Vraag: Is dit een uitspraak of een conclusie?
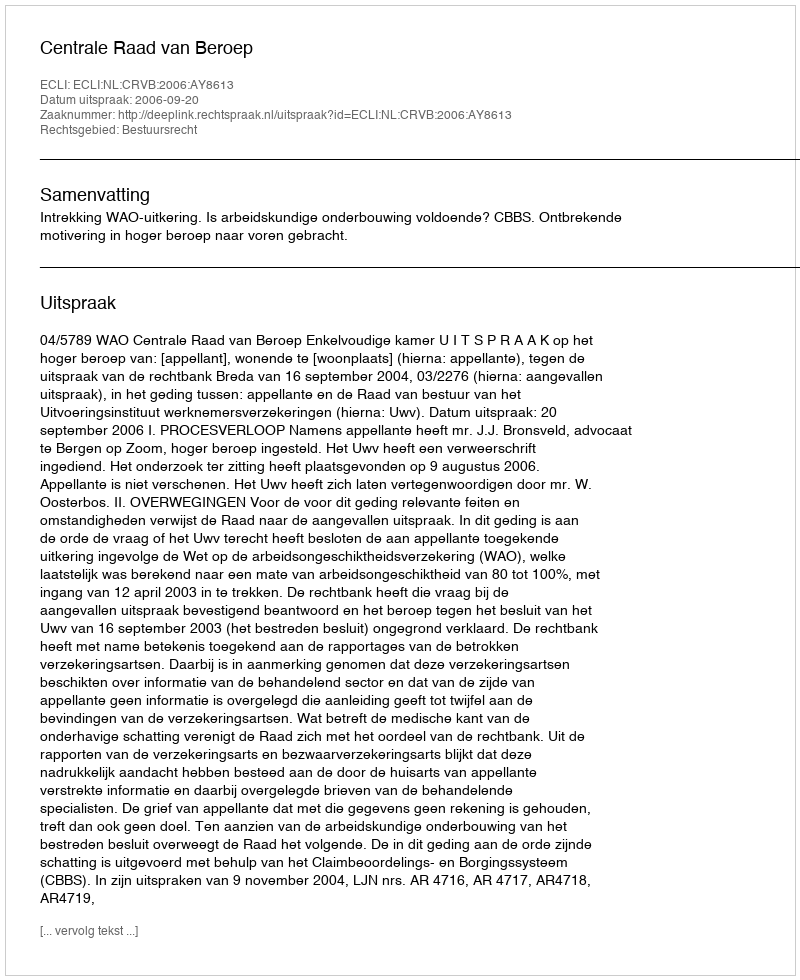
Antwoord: Uitspraak